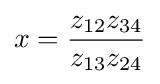
x={\frac {z_{12}z_{34}}{z_{13}z_{24}}}